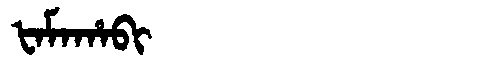
Manchu: ᡶᠠᠮᠠᡥᠠᠪᡳ
Romanization: FAMAHABI